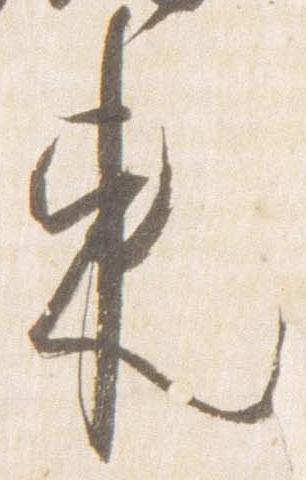
東